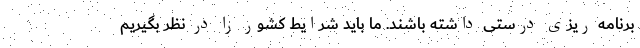
برنامه ریزی درستی داشته باشند. ما باید شرایط کشور را در نظر بگیریم